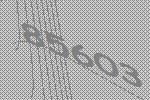
85603